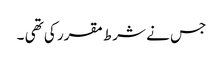
جس نے شرط مقرر کی تھی ۔